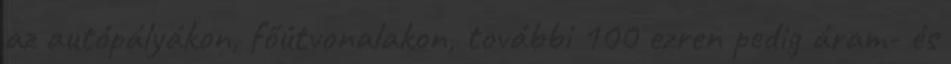
az autópályákon, főútvonalakon, további 100 ezren pedig áram- és